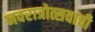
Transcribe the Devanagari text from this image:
नवरात्रोत्सवाची